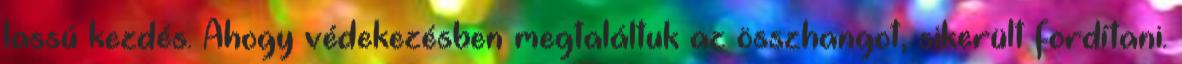
lassú kezdés. Ahogy védekezésben megtaláltuk az összhangot, sikerült fordítani.